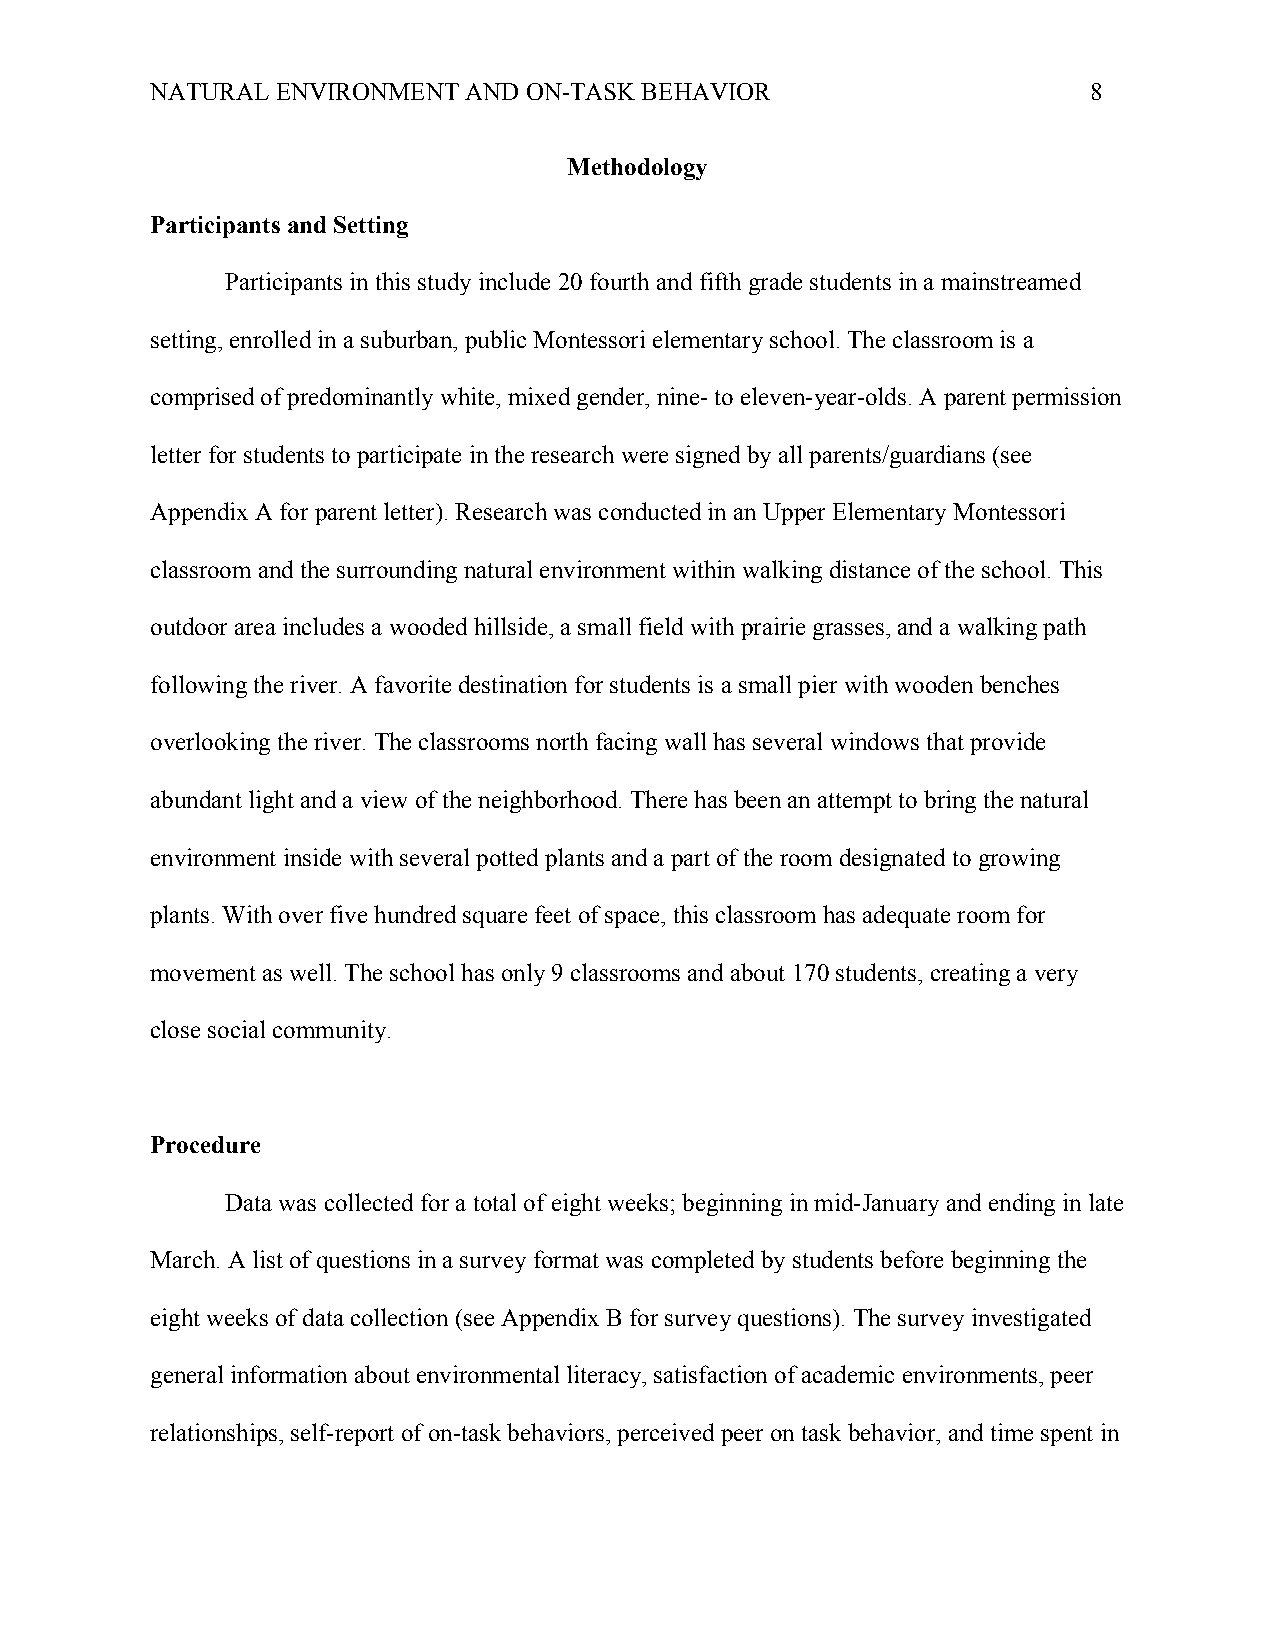
NATURAL ENVIRONMENT  AND ON-TASK BEHAVIOR                     8
 Methodology
 Participants and Setting
 Participants in this study include 20 fourth and fifth grade students in a mainstreamed
 setting, enrolled in a suburban, public Montessori elementary school. The classroom is a
 comprised of predominantly white, mixed gender, nine- to eleven-year-olds. A parent permission
 letter for students to participate in the research were signed by all parents/guardians (see
 Appendix A for parent letter). Research was conducted in an Upper Elementary Montessori
 classroom and the surrounding natural environment within walking distance of the school. This
 outdoor area includes a wooded hillside, a small field with prairie grasses, and a walking path
 following the river. A favorite destination for students is a small pier with wooden benches
 overlooking the river. The classrooms north facing wall has several windows that provide
 abundant light and a view of the neighborhood. There has been an attempt to bring the natural
 environment inside with several potted plants and a part of the room designated to growing
 plants. With over five hundred square feet of space, this classroom has adequate room for
 movement as well. The school has only 9 classrooms and about 170 students, creating a very
 close social community.
 Procedure
 Data was collected for a total of eight weeks; beginning in mid-January and ending in late
 March. A list of questions in a survey format was completed by students before beginning the
 eight weeks of data collection (see Appendix B for survey questions). The survey investigated
 general information about environmental literacy, satisfaction of academic environments, peer
 relationships, self-report of on-task behaviors, perceived peer on task behavior, and time spent in